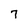
Character: 7